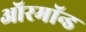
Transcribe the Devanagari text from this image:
ऑरमॉन्ड